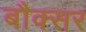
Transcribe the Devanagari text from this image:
बौक्सर